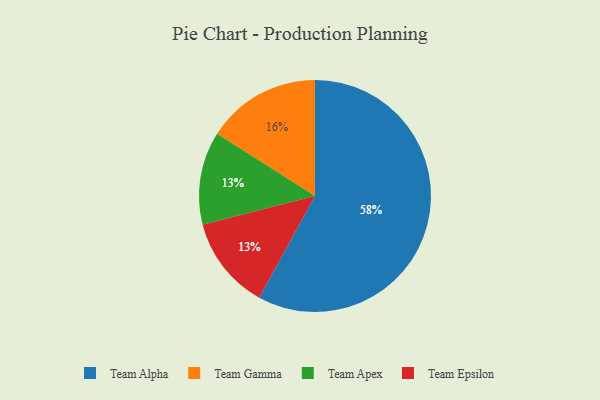
{"axis": {"x": "Category", "y": "Percentage"}, "legend": ["Team Alpha", "Team Apex", "Team Epsilon", "Team Gamma"], "data": [{"x": "Team Apex", "y": 13, "type": "Team Apex"}, {"x": "Team Gamma", "y": 16, "type": "Team Gamma"}, {"x": "Team Epsilon", "y": 13, "type": "Team Epsilon"}, {"x": "Team Alpha", "y": 58, "type": "Team Alpha"}]}